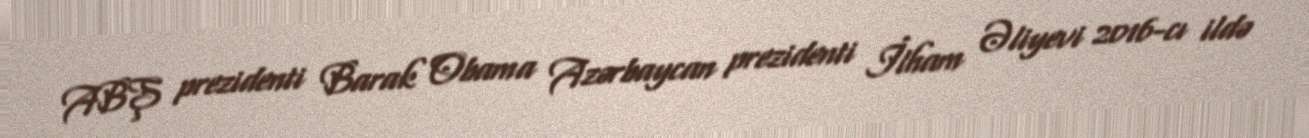
ABŞ prezidenti Barak Obama Azərbaycan prezidenti İlham Əliyevi 2016-cı ildə